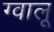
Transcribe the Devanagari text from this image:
ग्वालू